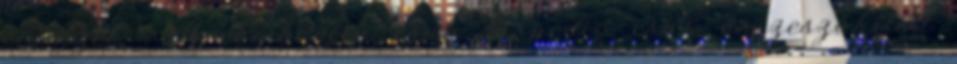
elvérzel - A combomra csap én pedig csak összeszűkített